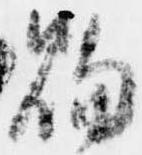
賜